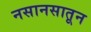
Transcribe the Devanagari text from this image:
नसानसातून